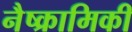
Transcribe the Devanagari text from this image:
नैष्क्रामिकी